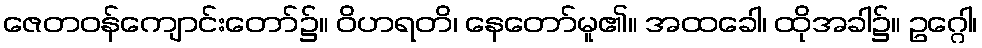
ဇေတဝန်ကျောင်းတော်၌။ ဝိဟရတိ၊ နေတော်မူ၏။ အထခေါ၊ ထိုအခါ၌။ ဥဂ္ဂေါ၊